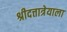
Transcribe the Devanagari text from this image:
श्रीदत्तात्रेयाला